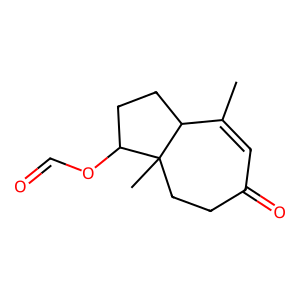
SMILES: CC1=CC(=O)CCC2(C)C(OC=O)CCC12
Inhibits HIV replication: No